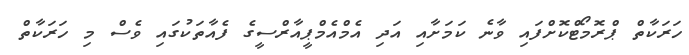
ހަރަކާތް ޕްރޮމޯޓްކޮށްފައި ވާނެ ކަމަށާއި އަދި އެމްއެމްޕީއާރްސީގެ ފެއާތަކުގައި ވެސް މި ހަރަކާތް